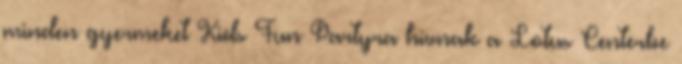
minden gyermeket Kids Fun Partyra hívnak a Lotus Centerbe